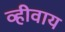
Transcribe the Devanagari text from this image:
व्हीवाय